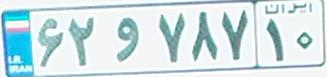
۶۲و۷۸۷۱۰